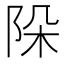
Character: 𨹄